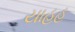
યાહૂહૂ